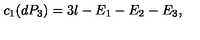
c _ { 1 } ( d P _ { 3 } ) = 3 l - E _ { 1 } - E _ { 2 } - E _ { 3 } ,